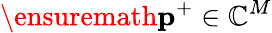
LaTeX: \ensuremath{\mathbf{p}}^{+}\in\mathbb{C}^{M}